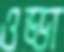
ওড্ডা